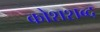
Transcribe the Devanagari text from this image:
कोशशब्द